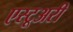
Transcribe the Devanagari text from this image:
एस्टूअरी